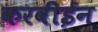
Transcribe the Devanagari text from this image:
करवीईन